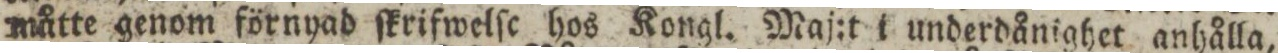
måtte genom förnyad ſkrifwelſc hos Kongl. Maj:t i underdånighet anhålla,